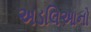
અડલિઆનો